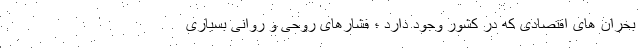
بحران های اقتصادی که در کشور وجود دارد ؛ فشارهای روحی و روانی بسیاری